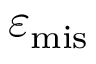
\varepsilon _ { \mathrm { m i s } }